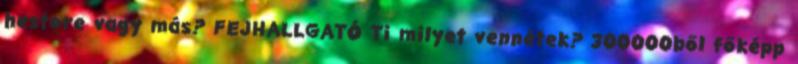
hestore vagy más? FEJHALLGATÓ Ti milyet vennétek? 300000ből főképp